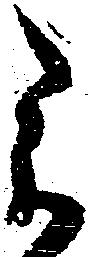
被